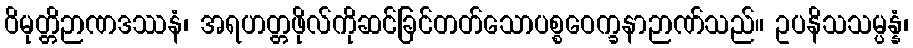
ဝိမုတ္တိဉာဏဒဿနံ၊ အရဟတ္တဖိုလ်ကိုဆင်ခြင်တတ်သောပစ္စဝေက္ခနာဉာဏ်သည်။ ဥပနိသသမ္ပန္နံ၊